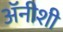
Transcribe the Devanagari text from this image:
अॅनीशी